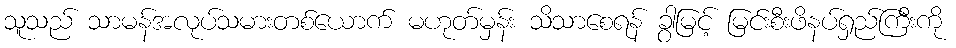
သူသည် သာမန်အလုပ်သမားတစ်ယောက် မဟုတ်မှန်း သိသာစေရန် ခွာမြင့် မြင်းစီးဖိနပ်ရှည်ကြီးကို